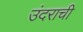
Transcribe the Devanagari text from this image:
उंदराची